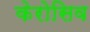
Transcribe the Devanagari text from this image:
केरोसिव